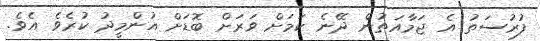
ފުރުސަތު އެ ޖަމާއަތުން ދޭނެ ކަމަށް ވަރަށް ބޮޑަށް އުންމީދު ކުރެވެ އެވެ.